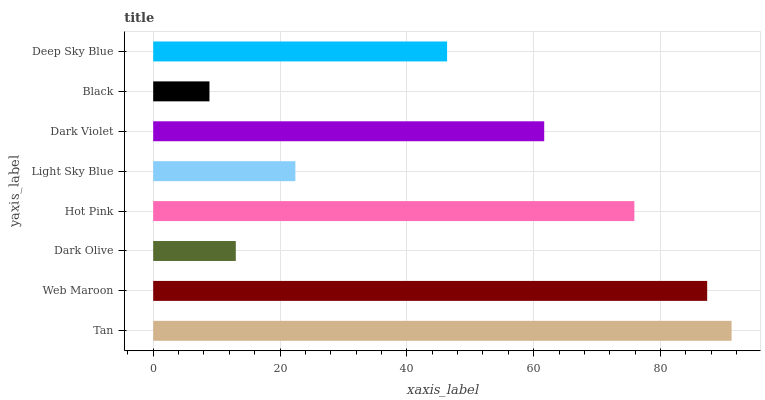
| yaxis_label | bars |
 | --- | --- |
 | Tan | 91.2 |
 | Web Maroon | 87.4 |
 | Dark Olive | 13 |
 | Hot Pink | 75.9 |
 | Light Sky Blue | 22.4 |
 | Dark Violet | 61.7 |
 | Black | 8.87 |
 | Deep Sky Blue | 46.3 |